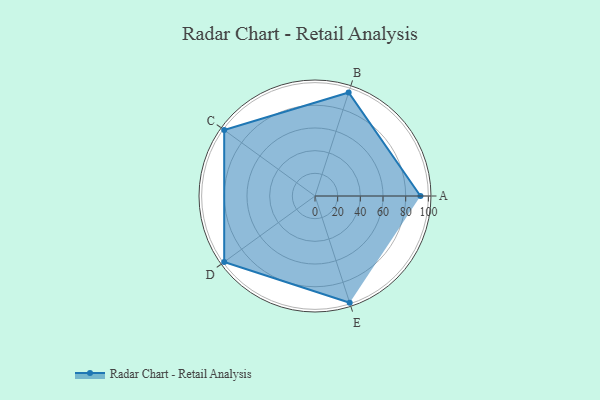
{"axis": {"x": "Skill", "y": "Score"}, "legend": ["Profile"], "data": [{"x": "A", "y": 93.0, "type": "Profile"}, {"x": "B", "y": 96.0, "type": "Profile"}, {"x": "C", "y": 99.0, "type": "Profile"}, {"x": "D", "y": 99, "type": "Profile"}, {"x": "E", "y": 99, "type": "Profile"}]}